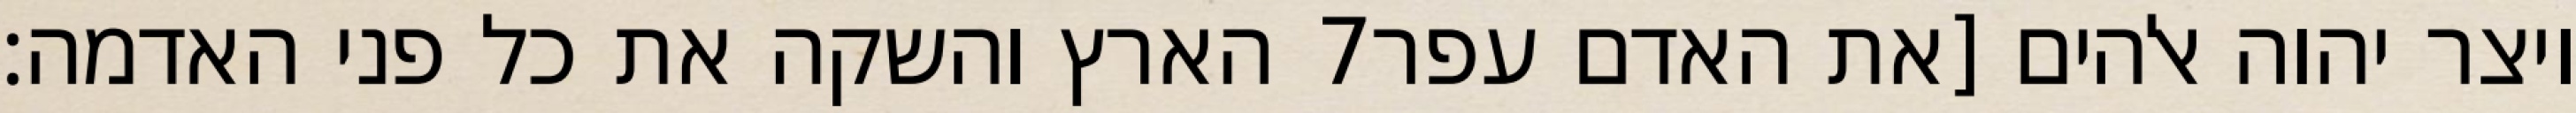
הארץ והשקה את כל פני האדמה׃ ‎7‏ ויצר יהוה אלהים [את האדם עפר